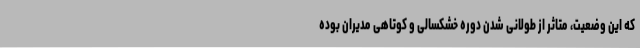
که این وضعیت، متاثر از طولانی شدن دوره خشکسالی و کوتاهی مدیران بوده